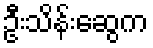
ဦးသိန်းဆွေက